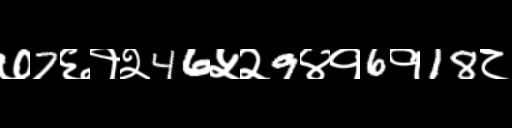
Text: ७7६१२46५२9४१6१18८